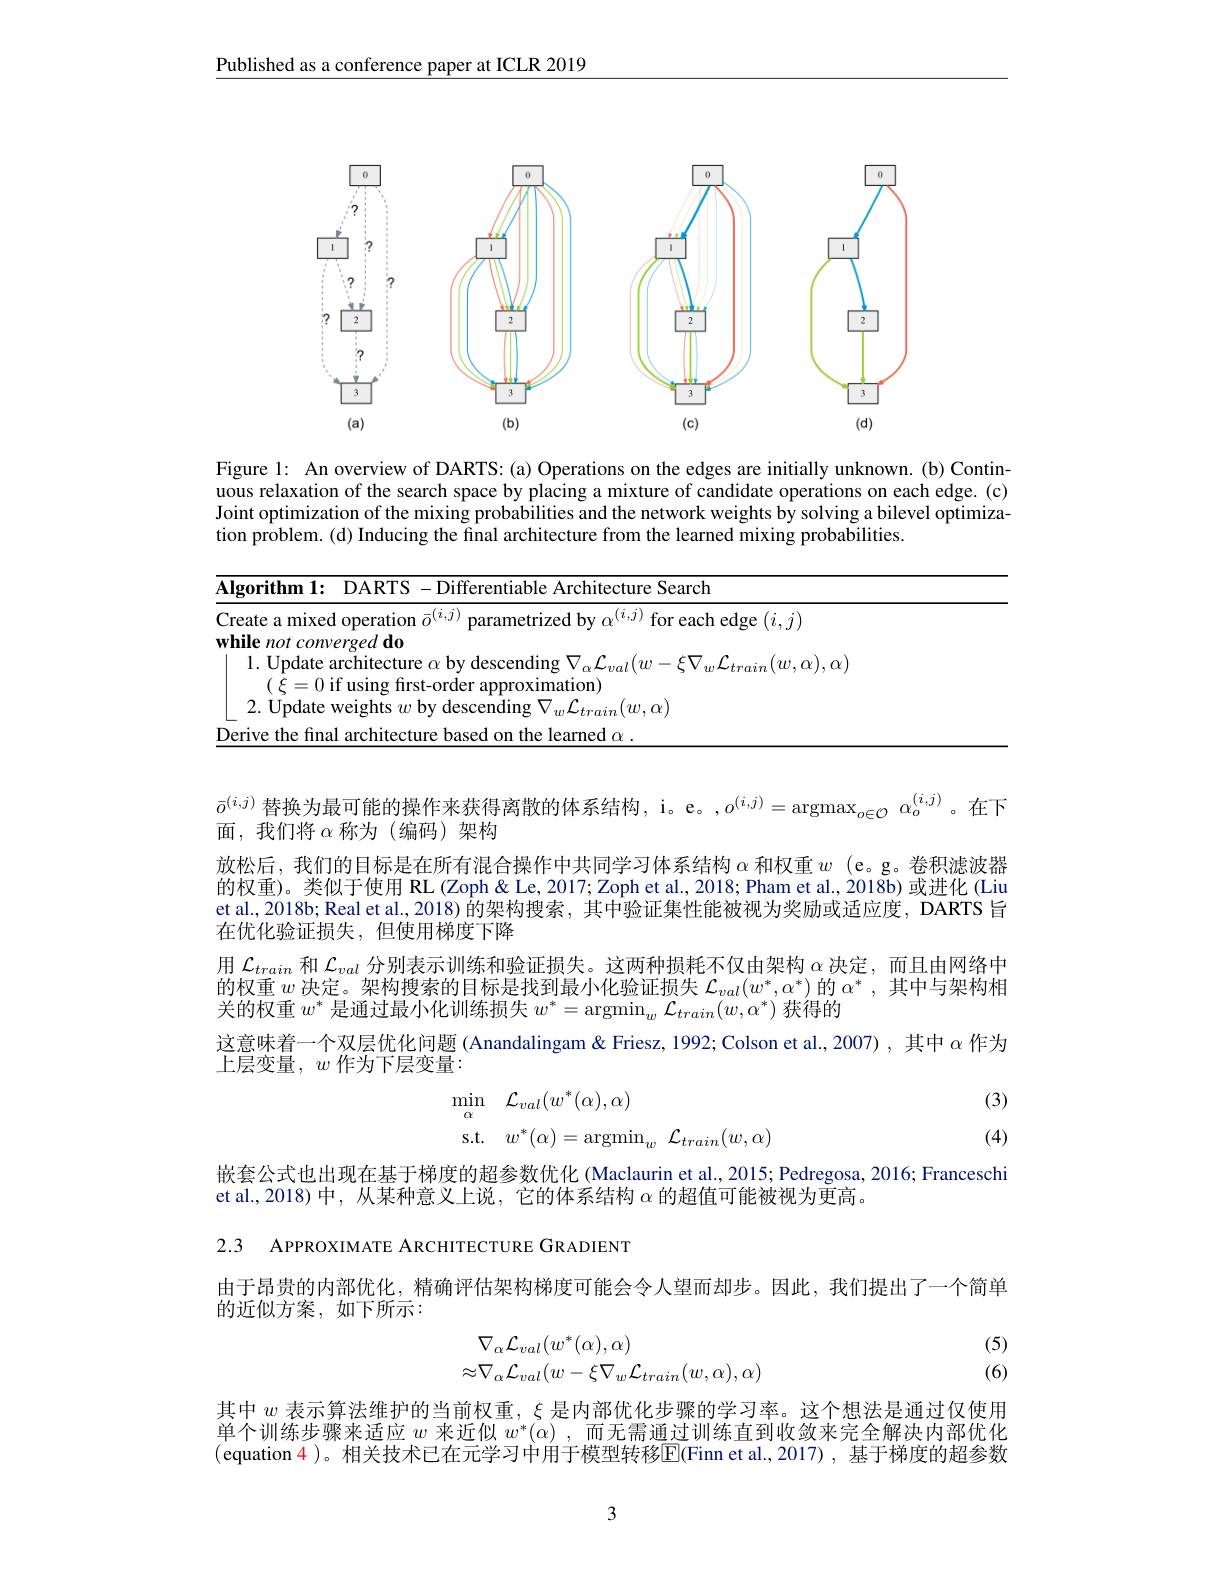
Published as a conference paper at ICLR 2019

<FigureHere>

Figure 1: An overview of DARTS: (a) Operations on the edges are initially unknown. (b) Continuous relaxation of the search space by placing a mixture of candidate operations on each edge. (c) Joint optimization of the mixing probabilities and the network weights by solving a bilevel optimization problem.(d) Inducing the final architecture from the learned mixing probabilities.

<table>
	<tbody>
		<tr>
			<td>eat</td>
			<td>$\mathop{\mathrm{ixed~oneration~}}\frac{-1}{0}^{(i,j)}$ $\alpha^{(i,j)}$ for each edge $(i,j)$</td>
		</tr>
		<tr>
			<td>hil$\epsilon$ T T </td>
			<td>comverged $do$</td>
		</tr>
		<tr>
			<td>1</td>
			<td>late architecture $\alpha$ by descending $\nabla_\alpha\mathcal{L}_{val}(w-\xi\nabla_{w}\mathcal{L}_{train}(w,\alpha),\alpha)$ 0 if using frst-order approximation)</td>
		</tr>
		<tr>
			<td>2</td>
			<td>late wer ohts $w$ hv ( descending $\mathbf{r}\setminus V_{\ldots}I$ $\mathcal{L}_{train}(w,\alpha)$</td>
		</tr>
		<tr>
			<td>sriv</td>
			<td>earned $\alpha$</td>
		</tr>
	</tbody>
</table>

$\bar{o}^{(i,j)}$替换为最可能的操作来获得离散的体系结构，i。e。,$o^(i,j)=\operatorname*{argmax}_{o\in\mathcal{O}}\alpha_o^{(i,j)}$。在下
面，我们将$\alpha$称为(编码)架构
放松后，我们的目标是在所有混合操作中共同学习体系结构$\alpha$和权重$w$ (e。g。卷积滤波器的权重)。类似于使用 RL (Zoph&Le, 2017; Zoph et al., 2018; Pham et al., 2018b) 或进化 (Liu et al, 2018b; Real et al, 2018) 的架构搜索，其中验证集性能被视为奖励或适应度，DARTS 旨在优化验证损失，但使用梯度下降
用$\mathcal{L}_{train}$和$\mathcal{L}_val$分别表示训练和验证损失。这两种损耗不仅由架构$\alpha$决定，而且由网络中的权重$w$决定。架构搜索的目标是找到最小化验证损失$\mathcal{L}_val(w^*,\alpha^*)$的$\alpha^*$,其中与架构相关的权重$w^*$是通过最小化训练损失$w^*=\operatorname{argmin}_w\mathcal{L}_{train}(w,\alpha^*)$获得的
这意味着一个双层优化问题 (Anandalingam& Friesz, 1992; Colson et al., 2007) , 其中$\alpha$作为
上层变量，$w$作为下层变量：
(3)
$$\begin{aligned}&\operatorname*{min}_{\alpha}\quad\mathcal{L}_{val}(w^{*}(\alpha),\alpha)\\&\mathrm{s.t.}\quad w^{*}(\alpha)=\arg\min_{w}\:\mathcal{L}_{train}(w,\alpha)\end{aligned}$$
(4)

嵌套公式也出现在基于梯度的超参数优化 (Maclaurin et al., 2015; Pedregosa, 2016; Franceschi
et al.,2018)中，从某种意义上说，它的体系结构$\alpha$的超值可能被视为更高。
2.3 APPROXIMATE ARCHITECTURE GRADIENT

由于昂贵的内部优化，精确评估架构梯度可能会令人望而却步。因此，我们提出了一个简单
的近似方案，如下所示：
(5)
$$\begin{array}{c}\nabla_{\alpha}\mathcal{L}_{val}(w^{*}(\alpha),\alpha)\\\approx\nabla_{\alpha}\mathcal{L}_{val}(w-\xi\nabla_{w}\mathcal{L}_{train}(w,\alpha),\alpha)\end{array}$$
(6)

其中$w$表示算法维护的当前权重，$\xi$是内部优化步骤的学习率。这个想法是通过仅使用单个训练步骤来适应$w$来近似$w^*(\alpha)$ ,而无需通过训练直到收敛来完全解决内部优化(equation 4)。相关技术已在元学习中用于模型转移E(Finn et al.,2017),基于梯度的超参数

3